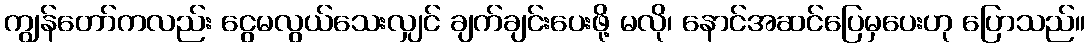
ကျွန်တော်ကလည်း ငွေမလွယ်သေးလျှင် ချက်ချင်းပေးဖို့ မလို၊ နောင်အဆင်ပြေမှပေးဟု ပြောသည်။